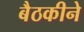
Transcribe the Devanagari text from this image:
बैठकीने